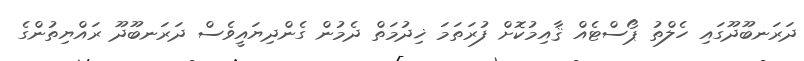
ދަރަނބޫދޫގައި ހެލްތު ޕޯސްޓެއް ޤާއިމުކޮށް ފުރަތަމަ ޚިދުމަތް ދެމުން ގެންދިޔައީވެސް ދަރަނބޫދޫ ރައްޔިތުންގެ